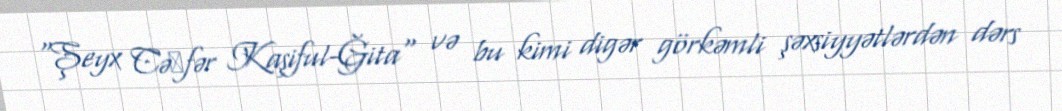
"Şeyx Cə᾿fər Kaşiful-Ğita" və bu kimi digər görkəmli şəxsiyyətlərdən dərs